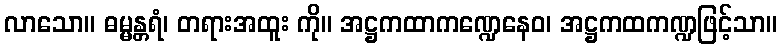
လာသော။ ဓမ္မန္တရံ၊ တရားအထူး ကို။ အဋ္ဌကထာကဏ္ဍေနေဝ၊ အဋ္ဌကထကဏ္ဍဖြင့်သာ။